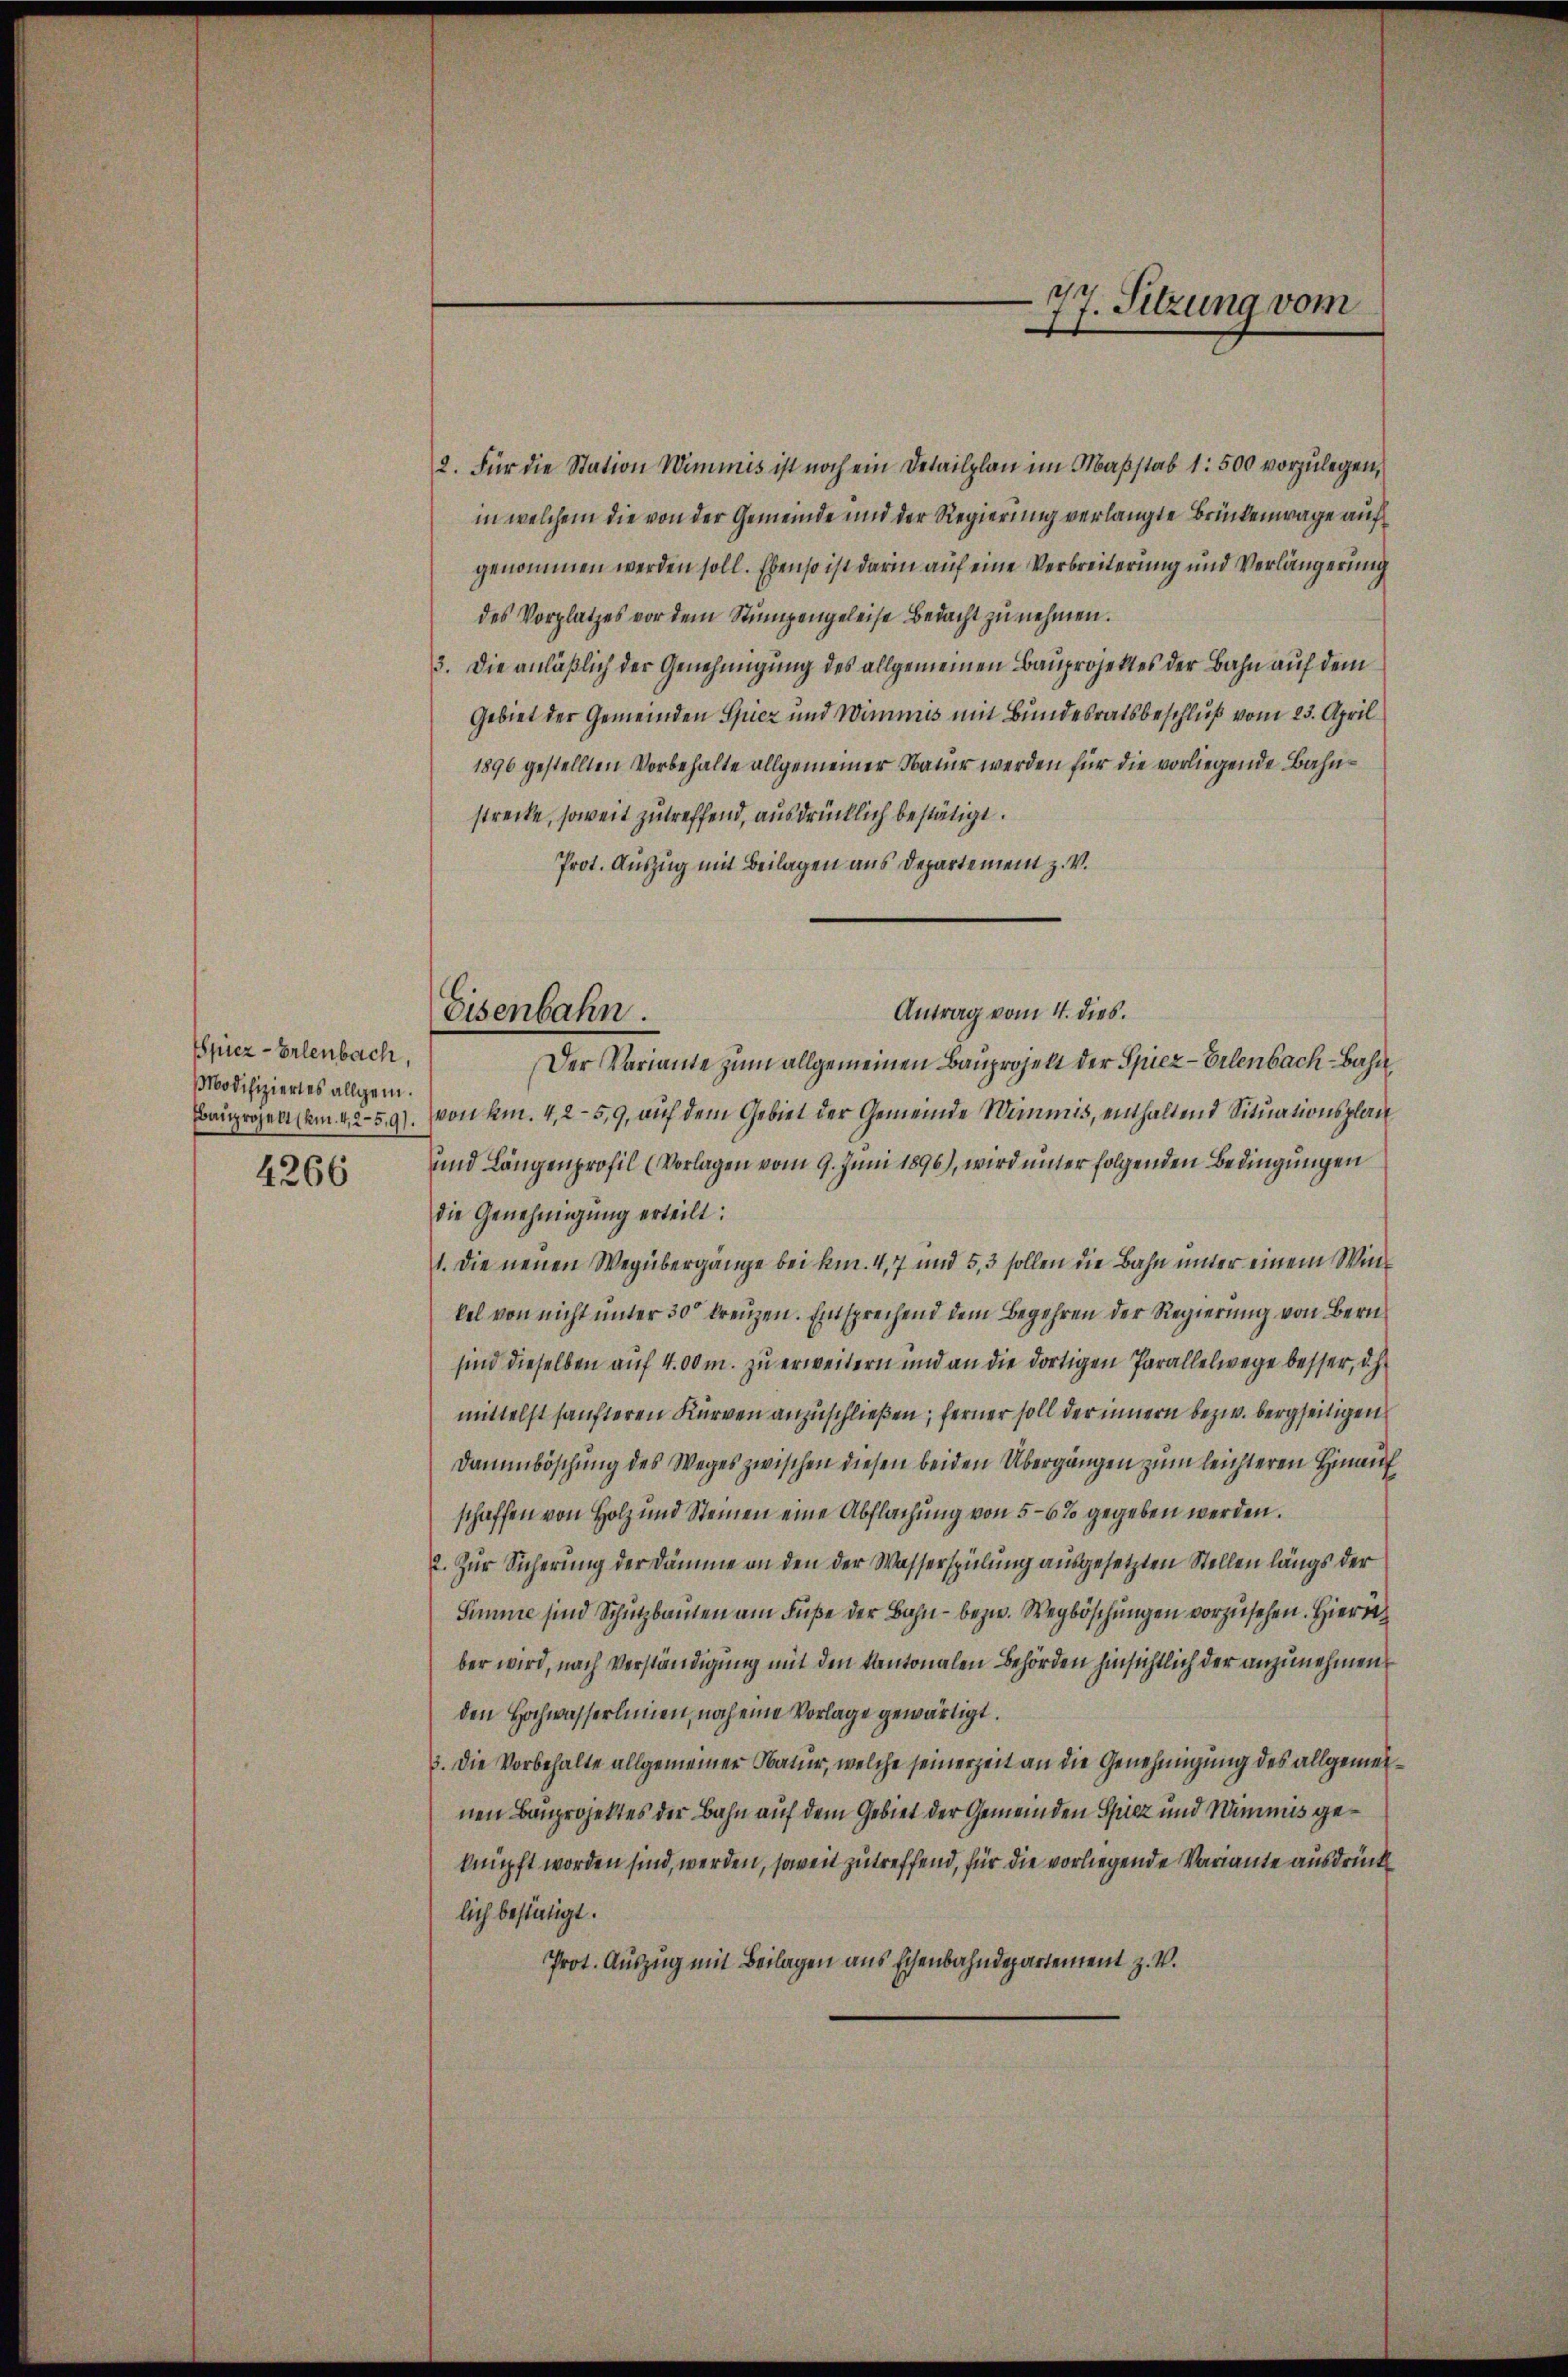
Spiez - Erlenbach,
Modifiziertes allgem.
Bauprojekt (km. 4,2-5.9).

4266

Eisenbahn.

2. Für die Station Wimmis ist noch ein Detailplan im Maßstab 1: 500 vorzulegen,
in welchem die von der Gemeinde und der Regierung verlangte Brückenwage auf
genommen werden soll. Ebenso ist darin auf eine Verbreiterung und Verlängerung
des Vorplatzes vor dem Stumpengeleise Bedacht zu nehmen.
3. Die anläßlich der Genehmigung des allgemeinen Bauprojektes der Bahn auf dem
Gebiet der Gemeinden Spiez und Wimmis mit Bundesratsbeschluß vom 23. April
1896 gestellten Vorbehalte allgemeiner Natur werden für die vorliegende Bahnstrecke, soweit zutreffend, ausdrücklich bestätigt.
Prot. Auszug mit Beilagen aus Departement z. V.
Antrag vom 4. dies.
Der Variante zum allgemeinen Bauprojekt der Spiez-Erlenbach-Bahn
von km. 4,2-5,9, auf dem Gebiet der Gemeinde Wimmis, enthaltend Situationsplan
und Längenprofil (Vorlagen vom 9. Juni 1896), wird unter folgenden Bedingungen
die Genehmigung erteilt:
1. Die neuen Wegübergänge bei kn. 4, 7 und 5,3 sollen die Bahn unter einem Winkel von nicht unter 30 kreuzen. Entsprechend dem Begehren der Regierung von Bern
sind dieselben auf 400 m. zu erweitern und an die dortigen Parallelwege besser, d. h
mittelst sanfteren Kurven anzuschließen; ferner soll der innern bezw. bergseitigen
Dammböschung des Weges zwischen diesen beiden Übergängen zum leichteren Hinauf
schaffen von Holz und Steinen eine Abflachung von 5-6% gegeben werden.
2. Zur Sicherung der Dämme an den der Wasserspülung ausgesetzten Stellen längs der
Simme sind Schutzbauten am Fuße der Bahn - bezw. Wegböschungen vorzusehen. Hieror
ber wird, nach Verständigung mit den Kantonalen Behörden hinsichtlich der anzunehmen
den Hochwasserlinien, noch eine Vorlage gewärtigt.
3. Die Vorbehalte allgemeiner Natur, welche seinerzeit an die Genehmigung des allgemeinen Bauprojektes der Bahn auf dem Gebiet der Gemeinden Spiez und Nimmes geknüpft worden sind, werden, soweit zutreffend, für die vorliegende Variante ausdrück
lich bestätigt.
Prot. Auszug mit Beilagen aus Eisenbahndepartement z. V.

77. Sitzung vom